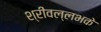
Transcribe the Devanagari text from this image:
श्रीवल्लभके